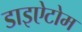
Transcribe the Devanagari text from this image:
डाइऐटोम